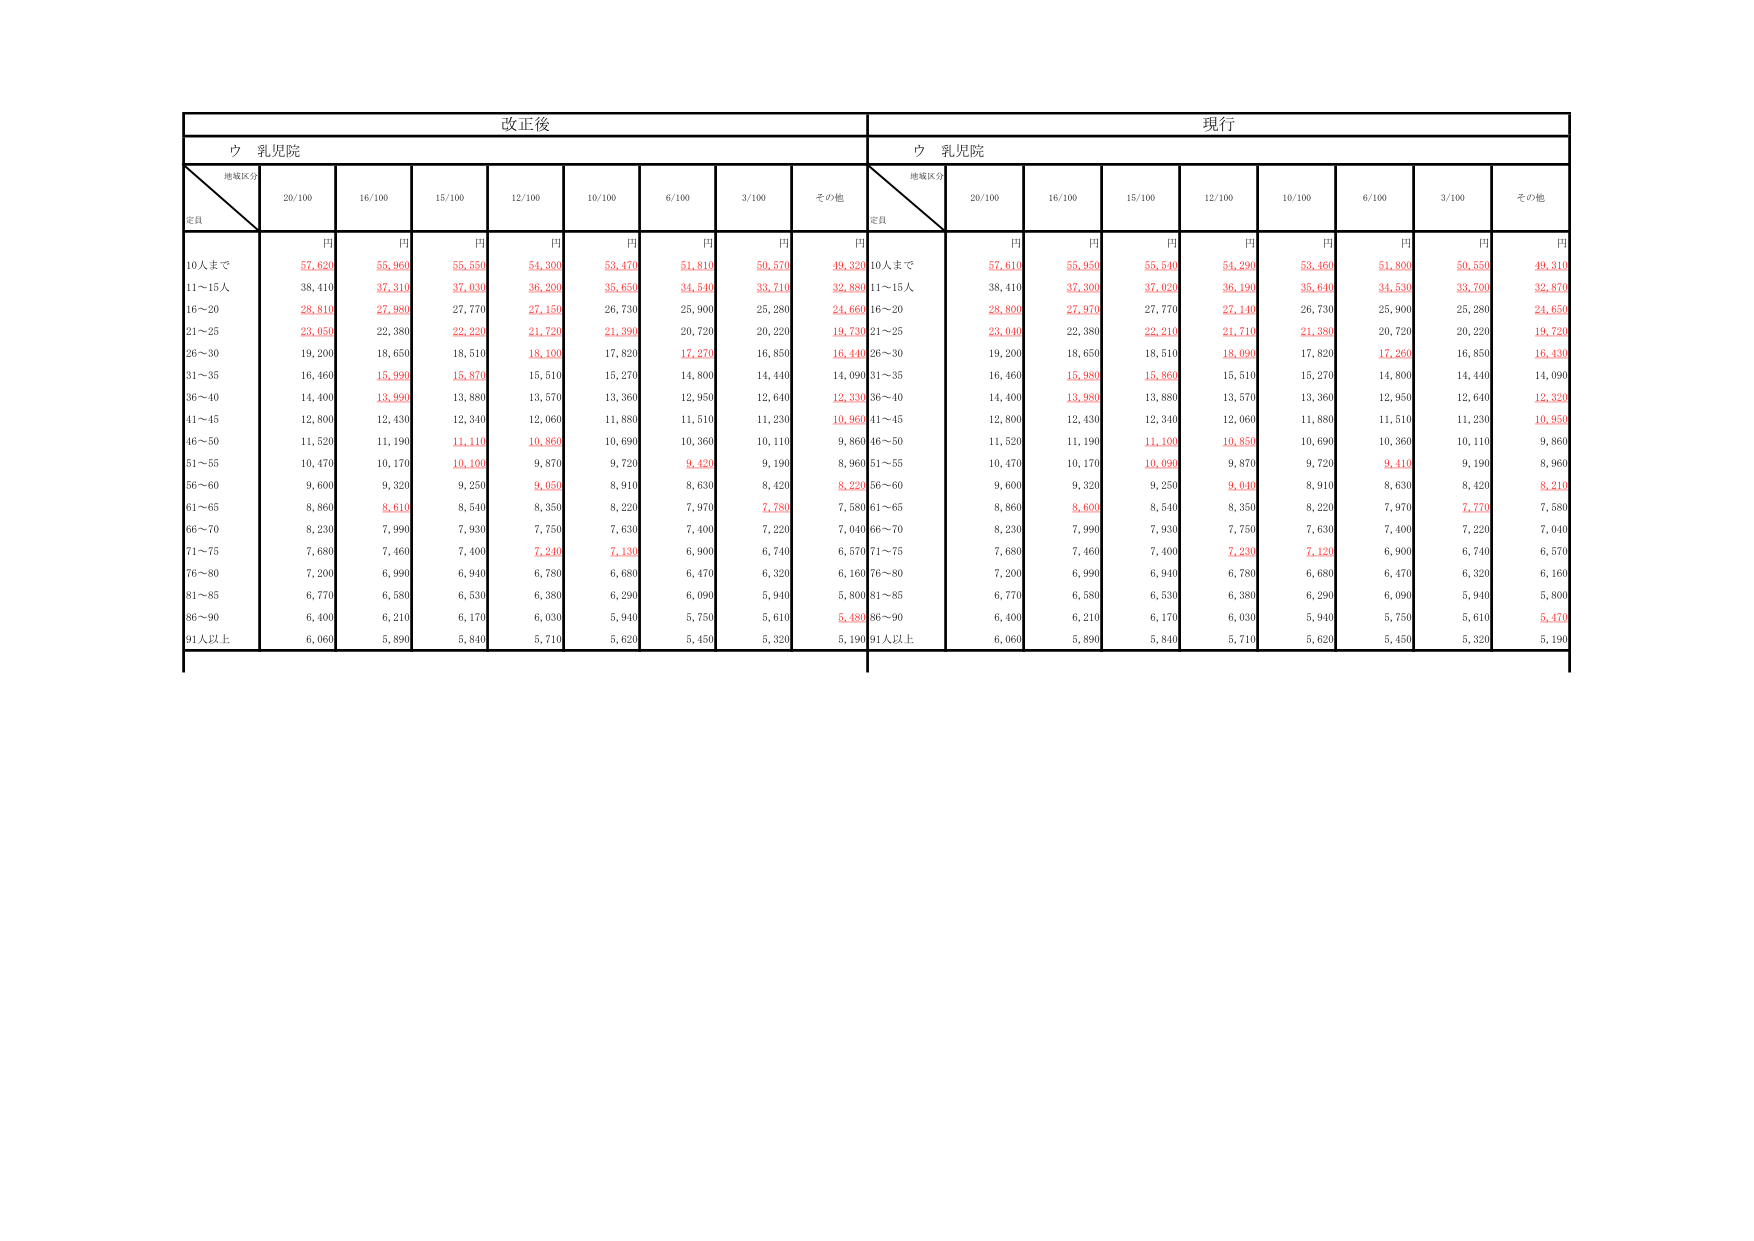
改正後
現行
ウ 乳児院
ウ 乳児院
地域区分
定員
20/100
16/100
15/100
12/100
10/100
6/100
3/100
その他
地域区分
定員
20/100
16/100
15/100
12/100
10/100
6/100
3/100
その他
円
円
円
円
円
円
円
円
円
円
円
円
円
円
円
円
円
円
10人まで
57,620
55,960
55,550
54,300
53,470
51,810
50,570
49,320
10人まで
57,610
55,950
55,540
54,290
53,460
51,800
50,550
49,310
11～15人
38,410
37,310
37,030
36,200
35,650
34,540
33,710
32,880
11～15人
38,410
37,300
37,020
36,190
35,640
34,530
33,700
32,870
16～20
28,810
27,980
27,770
27,150
26,730
25,900
25,280
24,660
16～20
28,800
27,970
27,770
27,140
26,730
25,900
25,280
24,650
21～25
23,050
22,380
22,220
21,720
21,390
20,720
20,220
19,730
21～25
23,040
22,380
22,210
21,710
21,380
20,720
20,220
19,720
26～30
19,200
18,650
18,510
18,100
17,820
17,270
16,850
16,440
26～30
19,200
18,650
18,510
18,090
17,820
17,260
16,850
16,430
31～35
16,460
15,990
15,870
15,510
15,270
14,800
14,440
14,090
31～35
16,460
15,980
15,860
15,510
15,270
14,800
14,440
14,090
36～40
14,400
13,990
13,880
13,570
13,360
12,950
12,640
12,330
36～40
14,400
13,980
13,880
13,570
13,360
12,950
12,640
12,320
41～45
12,800
12,430
12,340
12,060
11,880
11,510
11,230
10,960
41～45
12,800
12,430
12,340
12,060
11,880
11,510
11,230
10,950
46～50
11,520
11,190
11,110
10,860
10,690
10,360
10,110
9,860
46～50
11,520
11,190
11,100
10,850
10,690
10,360
10,110
9,860
51～55
10,470
10,170
10,100
9,870
9,720
9,420
9,190
8,960
51～55
10,470
10,170
10,090
9,870
9,720
9,410
9,190
8,960
56～60
9,600
9,320
9,250
9,050
8,910
8,630
8,420
8,220
56～60
9,600
9,320
9,250
9,040
8,910
8,630
8,420
8,210
61～65
8,860
8,610
8,540
8,350
8,220
7,970
7,780
7,580
61～65
8,860
8,600
8,540
8,350
8,220
7,970
7,770
7,580
66～70
8,230
7,990
7,930
7,750
7,630
7,400
7,220
7,040
66～70
8,230
7,990
7,930
7,750
7,630
7,400
7,220
7,040
71～75
7,680
7,460
7,400
7,240
7,130
6,900
6,740
6,570
71～75
7,680
7,460
7,400
7,230
7,120
6,900
6,740
6,570
76～80
7,200
6,990
6,940
6,780
6,680
6,470
6,320
6,160
76～80
7,200
6,990
6,940
6,780
6,680
6,470
6,320
6,160
81～85
6,770
6,580
6,530
6,380
6,290
6,090
5,940
5,800
81～85
6,770
6,580
6,530
6,380
6,290
6,090
5,940
5,800
86～90
6,400
6,210
6,170
6,030
5,940
5,750
5,610
5,480
86～90
6,400
6,210
6,170
6,030
5,940
5,750
5,610
5,470
91人以上
6,060
5,890
5,840
5,710
5,620
5,450
5,320
5,190
91人以上
6,060
5,890
5,840
5,710
5,620
5,450
5,320
5,190